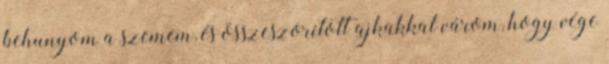
behunyom a szemem, és összeszorított ajkakkal várom, hogy vége